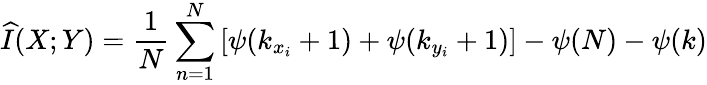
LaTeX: \widehat{I}(X;Y)=\frac{1}{N}\sum_{n=1}^{N}\left[\psi(k_{x_{i}}+1)+\psi(k_{y_{i}}+1)\right]-\psi(N)-\psi(k)